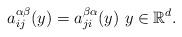
LaTeX: \begin{align*} a_{ij}^{\alpha\beta}(y) = a_{ji}^{\beta\alpha}(y) ~ y\in\mathbb{R}^d.\end{align*}